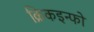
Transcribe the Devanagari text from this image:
क्रिकइन्फो